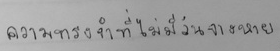
ความทรงจำที่ไม่มีวันจางหาย